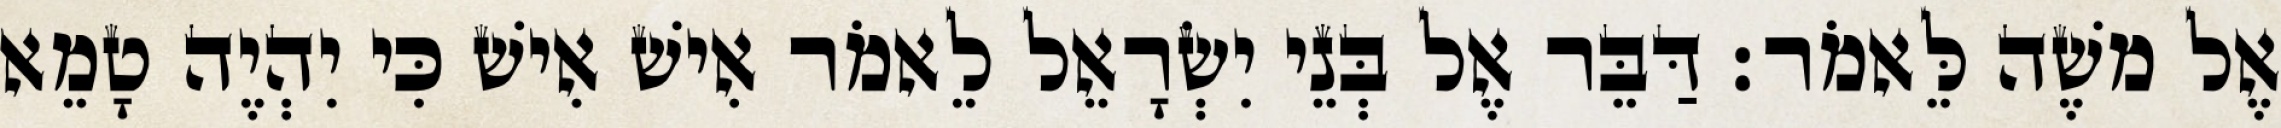
אֶל משֶׁה לֵּאמֹר׃ דַּבֵּר אֶל בְּנֵי יִשְׂרָאֵל לֵאמֹר אִישׁ אִישׁ כִּי יִהְיֶה טָמֵא